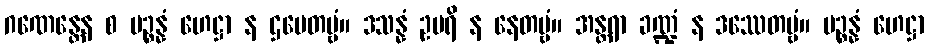
ဂဏေန္တေန စ ပဉ္စန္နံ ဟေဋ္ဌာ န ဌပေတဗ္ဗံ။ ဒသန္နံ ဥပရိ န နေတဗ္ဗံ။ အန္တရာ ခဏ္ဍံ န ဒဿေတဗ္ဗံ။ ပဉ္စန္နံ ဟေဋ္ဌာ